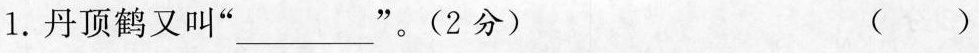
1.丹顶鹤又叫”___”。(2分) ( )